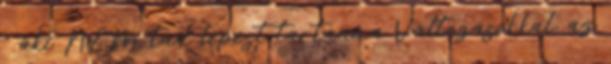
” aki NEM tud lépést tartani a Változásokkal, az